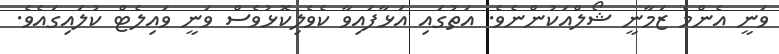
ވަނީ އެންމެ ޒަމާނީ ޝޯލްއަކުންނެވެ. އަތުގައި އަޅާފައިވާ ކެވެލިކޮޅުވެސް ވަނީ ވައިލެޓް ކުލައިގައެވެ.